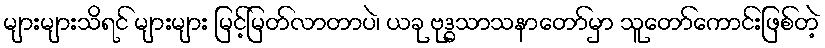
များများသိရင် များများ မြင့်မြတ်လာတာပဲ၊ ယခု ဗုဒ္ဓသာသနာတော်မှာ သူတော်ကောင်းဖြစ်တဲ့